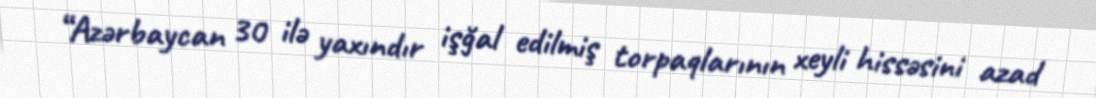
“Azərbaycan 30 ilə yaxındır işğal edilmiş torpaqlarının xeyli hissəsini azad